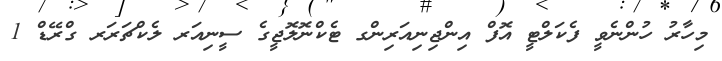
މިހާރު ހުންނެވީ ފެކަލްޓީ އޮފް އިންޖިނިއަރިންގ ޓެކްނޮލޮޖީގެ ސީނިއަރ ލެކްޗަރަރ ގްރޭޑް 1